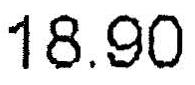
18.90